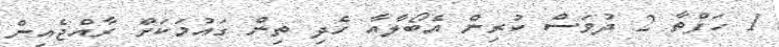
1 ހަފްތާ 2 ދުވަސް ކުރިން އެބޯލާއާ ހެދި ތިން ގައުމަކަށް ރާއްޖެއިން